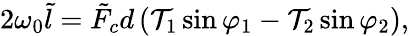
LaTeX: \begin{array}{r}{2\omega_{0}\tilde{l}=\tilde{F}_{c}d\left(\mathcal{T}_{1}\sin\varphi_{1}-\mathcal{T}_{2}\sin\varphi_{2}\right),}\end{array}